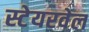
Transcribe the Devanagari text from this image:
स्टेयरवेल